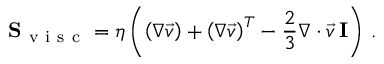
\mathbf { S } _ { \mathrm { ~ v ~ i ~ s ~ c ~ } } = \eta \left( \left( \nabla \vec { v } \right) + \left( \nabla \vec { v } \right) ^ { T } - \frac { 2 } { 3 } \nabla \cdot \vec { v } \, \mathbf { I } \right) \, .